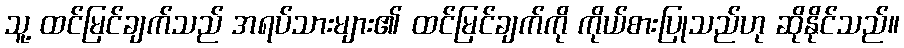
သူ့ ထင်မြင်ချက်သည် အရပ်သားများ၏ ထင်မြင်ချက်ကို ကိုယ်စားပြုသည်ဟု ဆိုနိုင်သည်။